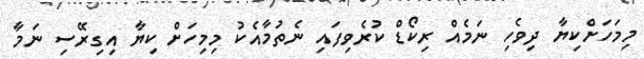
މިމަހަށްކިޔާ ދިވެހި ނަމެއް ރިކޯޑް ކުރެވިފައި ނެތުމާއެކު މިމިހަށް ކިޔާ އިގިރޭސި ނަމާ